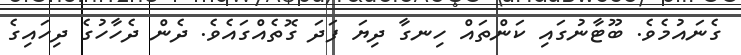
ގެނައުމެވެ. ބޫޓާނުގައި ކަންތައް ހިނގާ ދިޔަ ފަދަ ގޮތެއްގައެވެ. ދެން ދެހާހުގެ ދިހައިގެ